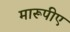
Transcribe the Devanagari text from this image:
मारूपीए